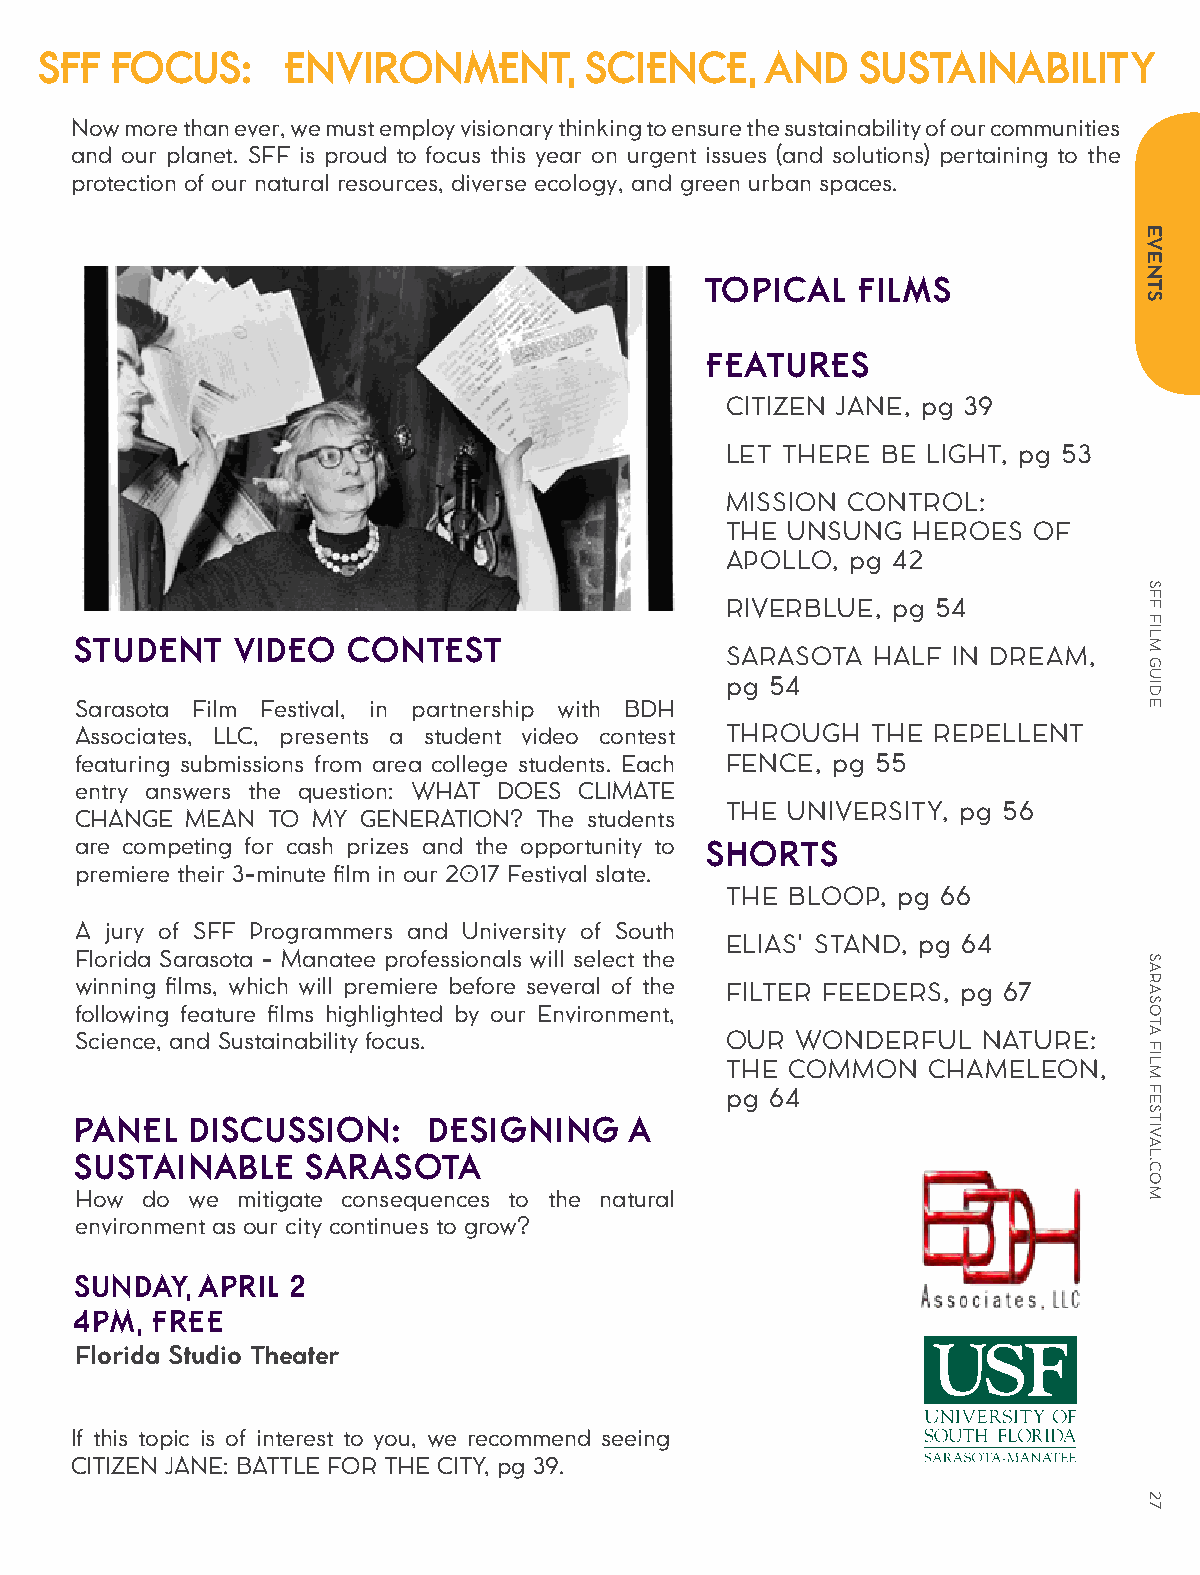
SFF FOCUS:      ENVIRONMENT,        SCIENCE,    AND   SUSTAINABILITY
 Now more than ever, we must employ visionary thinking to ensure the sustainability of our communities
 and our planet. SFF is proud to focus this year on urgent issues (and solutions) pertaining to the
 protection of our natural resources, diverse ecology, and green urban spaces.
 TOPICAL   FILMS
 FEATURES
 CITIZEN JANE, pg 39
 LET THERE BE LIGHT, pg 53
 MISSION CONTROL:
 THE UNSUNG  HEROES  OF
 APOLLO, pg 42
 RIVERBLUE, pg 54
 STUDENT    VIDEO  CONTEST
 SARASOTA  HALF IN DREAM,
 pg 54
 Sarasota Film Festival, in partnership with BDH
 Associates, LLC, presents a student video contest THROUGH THE REPELLENT
 featuring submissions from area college students. Each FENCE, pg 55
 entry answers the question: WHAT DOES CLIMATE
 THE UNIVERSITY, pg 56
 CHANGE MEAN  TO MY GENERATION? The students
 are competing for cash prizes and the opportunity to SHORTS
 premiere their 3-minute film in our 2017 Festival slate.
 THE BLOOP, pg 66
 A jury of SFF Programmers and University of South
 ELIAS' STAND, pg 64
 Florida Sarasota - Manatee professionals will select the
 winning films, which will premiere before several of the FILTER FEEDERS, pg 67
 following feature films highlighted by our Environment,
 Science, and Sustainability focus.         OUR  WONDERFUL   NATURE:
 THE COMMON   CHAMELEON,
 pg 64
 PANEL   DISCUSSION:     DESIGNING    A
 SUSTAINABLE    SARASOTA
 How do we  mitigate consequences to the natural
 environment as our city continues to grow?
 SUNDAY, APRIL 2
 4PM, FREE
 Florida Studio Theater
 If this topic is of interest to you, we recommend seeing
 CITIZEN JANE: BATTLE FOR THE CITY, pg 39.
 EVENTS
 SFF
 FILM
 GUIDE
 SARASOTA
 FILM
 FESTIVAL.COM
 27